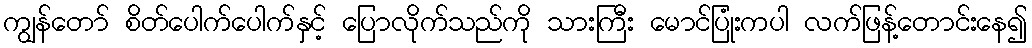
ကျွန်တော် စိတ်ပေါက်ပေါက်နှင့် ပြောလိုက်သည်ကို သားကြီး မောင်ပြုံးကပါ လက်ဖြန့်တောင်းနေ၍